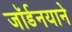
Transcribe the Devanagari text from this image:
जॉर्डनयाने